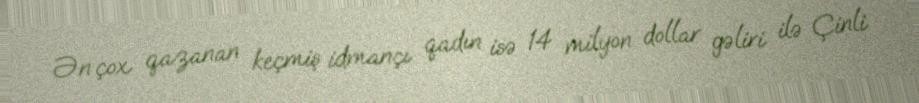
Ən çox qazanan keçmiş idmançı qadın isə 14 milyon dollar gəliri ilə Çinli